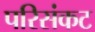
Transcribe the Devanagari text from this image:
परिसंकट